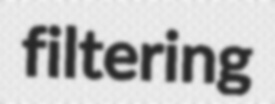
filtering